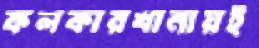
কলকারখানায়ই